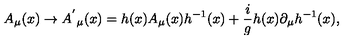
A _ { \mu } ( x ) \rightarrow { A ^ { ' } } _ { \mu } ( x ) = h ( x ) A _ { \mu } ( x ) h ^ { - 1 } ( x ) + \frac { i } { g } h ( x ) \partial _ { \mu } h ^ { - 1 } ( x ) ,